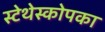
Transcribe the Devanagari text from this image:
स्टेथेस्कोपका